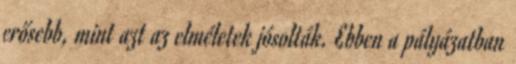
erősebb, mint azt az elméletek jósolták. Ebben a pályázatban